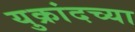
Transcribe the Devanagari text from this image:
युक्रांदच्या